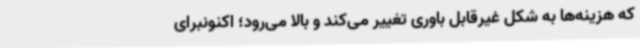
که هزینه‌ها به شکل غیرقابل باوری تغییر می‌کند و بالا می‌رود؛ اکنونبرای